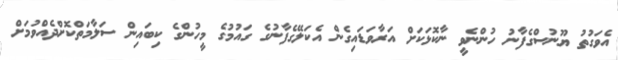
އެވަގުތު ޔޫނުސްގެފާނު ހުންނެވީ ނާކޮޅަކަށް އަރާވަޑައިގެން އެކަލޭގެފާނުގެ ގައުމުގެ މީހުންގެ ކިބައިން ސަލާމަތްކޮށްދެއްވުމަށް